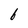
Character: 6